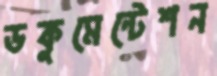
ডকুমেন্টেশন